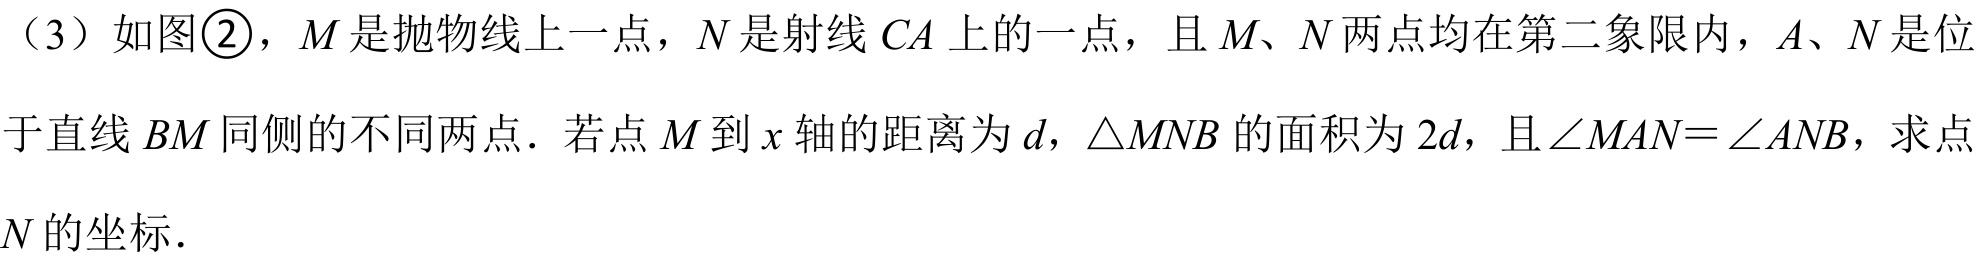
（3）如图\textcircled{2}，$M$是抛物线上一点，$N$是射线$CA$上的一点，且$M、N$两点均在第二象限内，$A、N$是位于直线$BM$同侧的不同两点．若点$M$到$x$轴的距离为$d$，$\triangle MNB$的面积为$2d$，且$\angle MAN = \angle ANB$，求点$N$的坐标．